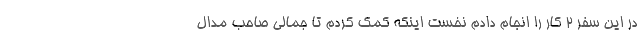
در این سفر ۲ کار را انجام دادم نخست اینکه کمک کردم تا جمالی صاحب مدال